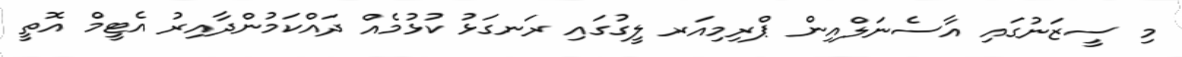
މި ސީޒަނުގައި އާސެނަލްއިން ޕްރިމިއަރ ލީގުގައި ރަނގަޅު ކުޅުމެއް ދައްކަމުންދާއިރު އެޓީމް އޮތީ